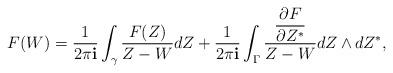
LaTeX: \begin{align*}F(W) = \frac{1}{2\pi{\bf i}} \int_{\gamma} \frac{F(Z)}{Z - W} dZ + \frac{1}{2\pi{\bf i}}\int_{\Gamma} \frac{\dfrac{\partial F}{\partial Z^*}}{Z - W}dZ \wedge dZ^*,\end{align*}